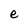
Character: e